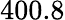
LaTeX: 400.8